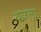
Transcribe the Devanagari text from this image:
थळला